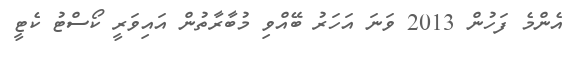
އެންމެ ފަހުން 2013 ވަނަ އަހަރު ބޭއްވި މުބާރާތުން އައިވަރީ ކޯސްޓު ކެޓީ